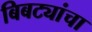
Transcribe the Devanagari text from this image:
बिबट्यांचा